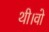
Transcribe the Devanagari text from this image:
थी।वो